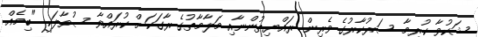
ޝަކުވާ ކުރީމާ ސަރުކާރުގެ ވެރިން ރައްޔިތުންނާއި މަލާމާތުގެ ރާގަކަށް ކުރައްވާ ސުވާލަކީ "ބިމެއް